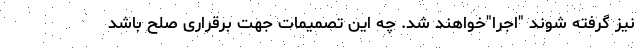
نیز گرفته شوند "اجرا"خواهند شد. چه این تصمیمات جهت برقراری صلح باشد